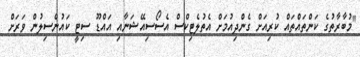
"މުބާރާތުގެ ކަންތައްތައް ކުރިއަށް ގެންދިއުމަށް އެތުލެޓިކްސް އެސޯސިއޭޝަނާއި އައްޑޫ ސިޓީ ކައުންސިލުން ވަރަށް